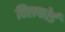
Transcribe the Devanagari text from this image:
विलफोर्ड